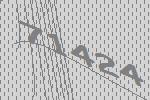
71424